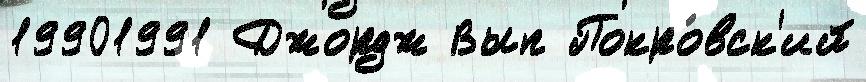
19901991 Джордж Вып Покро́вск'ий